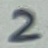
Text: 2